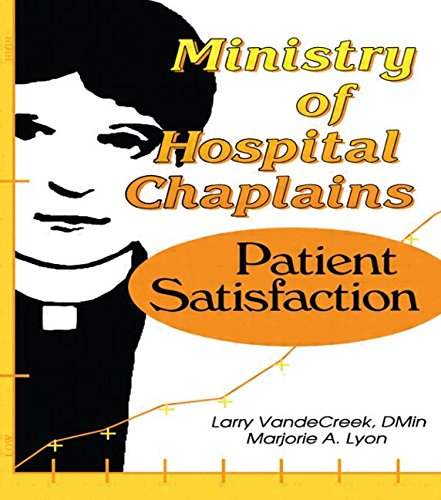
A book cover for Ministry of Hospital Chaplains: Patient Satisfaction (Health Care Chaplaincy Series); Marjorie A Lyon; Christian Books & Bibles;